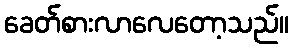
ခေတ်စားလာလေတော့သည်။